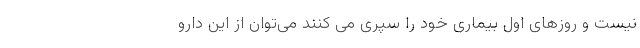
نیست و روزهای اول بیماری خود را سپری می کنند می‌توان از این دارو